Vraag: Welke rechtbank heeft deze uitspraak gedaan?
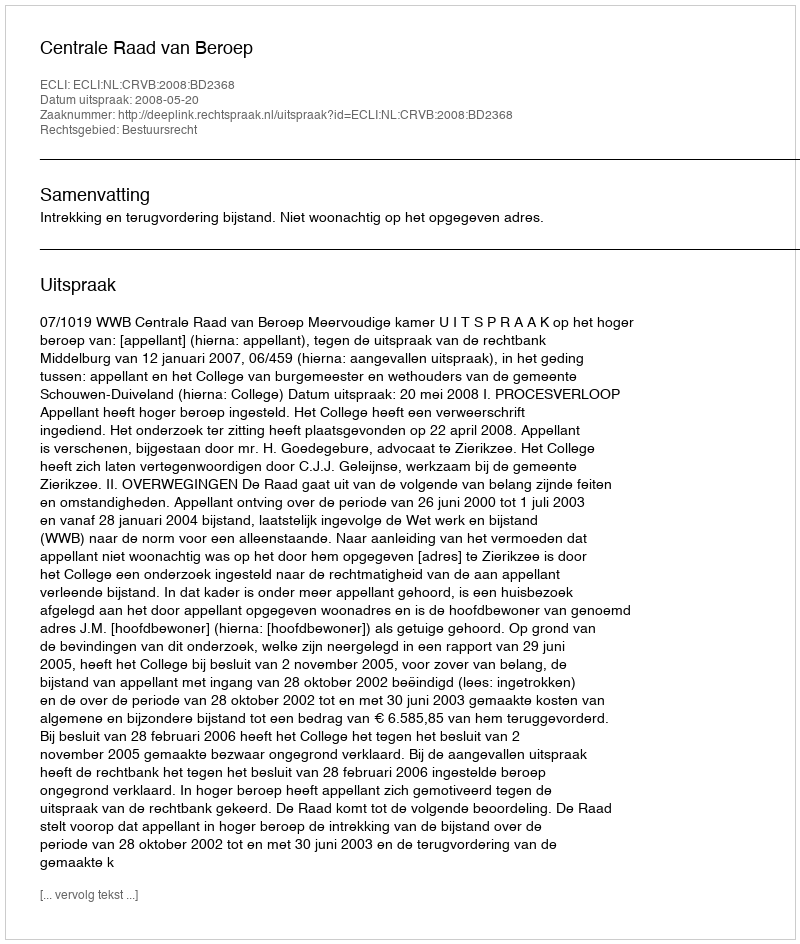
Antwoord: Centrale Raad van Beroep